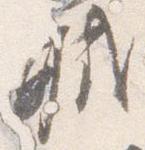
軾